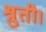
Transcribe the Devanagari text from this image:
श्रुती।